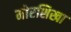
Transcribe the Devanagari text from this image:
मोरशिखा